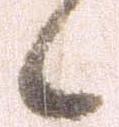
候